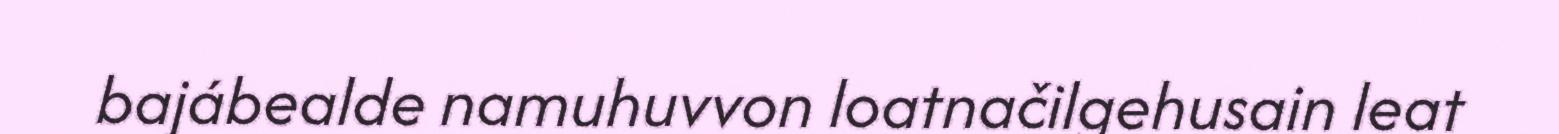
bajábealde namuhuvvon loatnačilgehusain leat